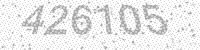
Solution: 426105